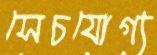
সেচযোগ্য